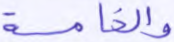
والخامسة